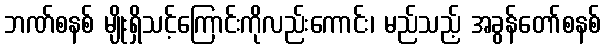
ဘဏ်စနစ် မျိုးရှိသင့်ကြောင်းကိုလည်းကောင်း၊ မည်သည့် အခွန်တော်စနစ်